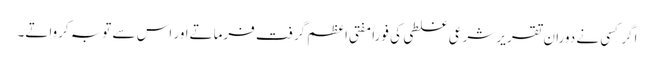
اگر کسی نے دوران تقریر شرعی غلطی کی فوراً مفتی اعظم گرفت فرماتےاور اس سے توبہ کرواتے۔